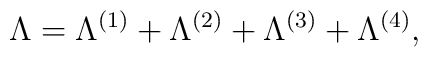
\Lambda =\Lambda ^{(1)}+\Lambda ^{(2)}+\Lambda ^{(3)}+\Lambda ^{(4)},